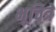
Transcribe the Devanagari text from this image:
भूचित्रे